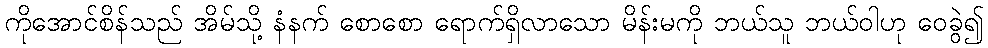
ကိုအောင်စိန်သည် အိမ်သို့ နံနက် စောစော ရောက်ရှိလာသော မိန်းမကို ဘယ်သူ ဘယ်ဝါဟု ဝေခွဲ၍